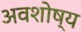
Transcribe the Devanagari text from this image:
अवशोष्य